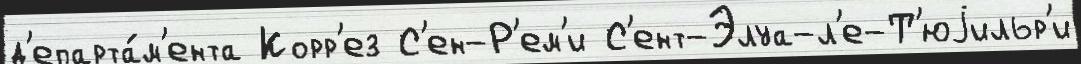
д'епарта́м'ента Корр'ез С'ен-Р'ем'и С'ент-Элуа-л'е-Т'юjильр'и